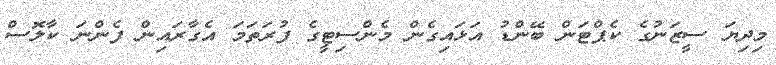
މިދިޔަ ސީޒަނުގެ ކެޕްޓަން ބޭންޑު އަޅައިގެން މެންސިޓީގެ ފުރަތަމަ އެގާރައިން ފެންނަ ކާލޮސް